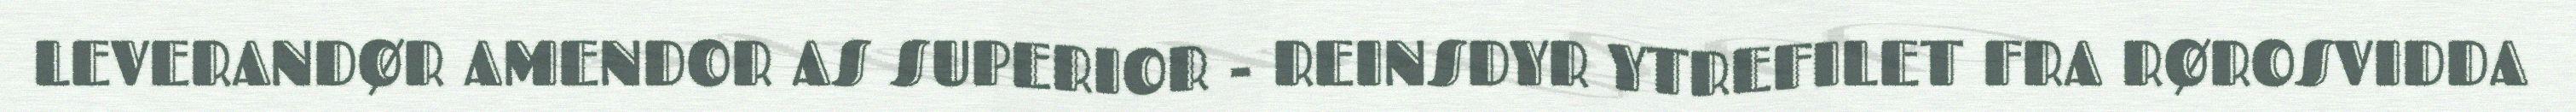
LEVERANDØR AMENDOR AS SUPERIOR - REINSDYR YTREFILET FRA RØROSVIDDA